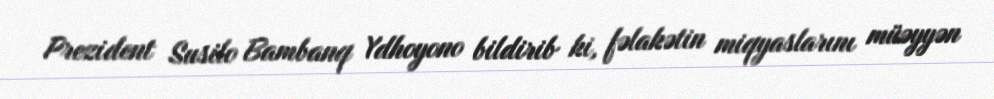
Prezident Susilo Bambanq Ydhoyono bildirib ki, fəlakətin miqyaslarını müəyyən